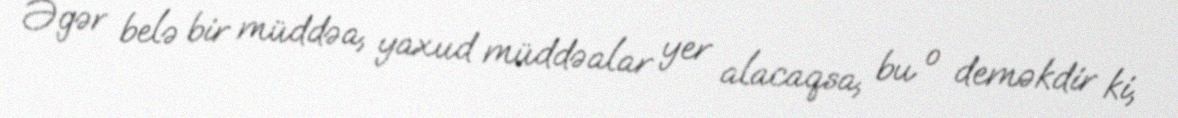
Əgər belə bir müddəa, yaxud müddəalar yer alacaqsa, bu o deməkdir ki,